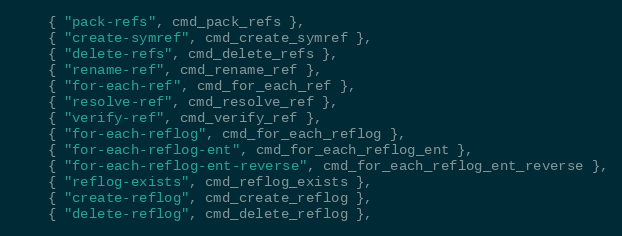
Language: C
	{ "pack-refs", cmd_pack_refs },
	{ "create-symref", cmd_create_symref },
	{ "delete-refs", cmd_delete_refs },
	{ "rename-ref", cmd_rename_ref },
	{ "for-each-ref", cmd_for_each_ref },
	{ "resolve-ref", cmd_resolve_ref },
	{ "verify-ref", cmd_verify_ref },
	{ "for-each-reflog", cmd_for_each_reflog },
	{ "for-each-reflog-ent", cmd_for_each_reflog_ent },
	{ "for-each-reflog-ent-reverse", cmd_for_each_reflog_ent_reverse },
	{ "reflog-exists", cmd_reflog_exists },
	{ "create-reflog", cmd_create_reflog },
	{ "delete-reflog", cmd_delete_reflog },